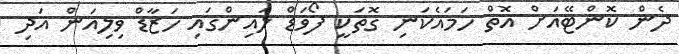
ދެން ކޮންޓޭއަށް އޮތް ހަމައެކަނި ގޮތަކީ ފޯވަޑް ލައިންގައި ހަޒާޑް ވިލިއަން އަދި